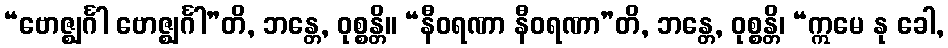
“ဗောဇ္ဈင်္ဂါ ဗောဇ္ဈင်္ဂါ”တိ, ဘန္တေ, ဝုစ္စန္တိ။ “နီဝရဏာ နီဝရဏာ”တိ, ဘန္တေ, ဝုစ္စန္တိ၊ “ဣမေ နု ခေါ,